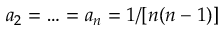
a _ { 2 } = \ldots = a _ { n } = 1 / [ n ( n - 1 ) ]